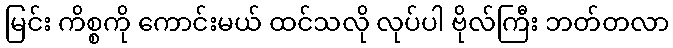
မြင်း ကိစ္စကို ကောင်းမယ် ထင်သလို လုပ်ပါ ဗိုလ်ကြီး ဘတ်တလာ